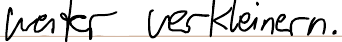
weiter verkleinern.